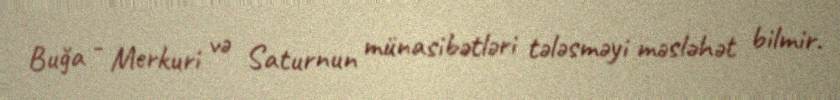
Buğa - Merkuri və Saturnun münasibətləri tələsməyi məsləhət bilmir.